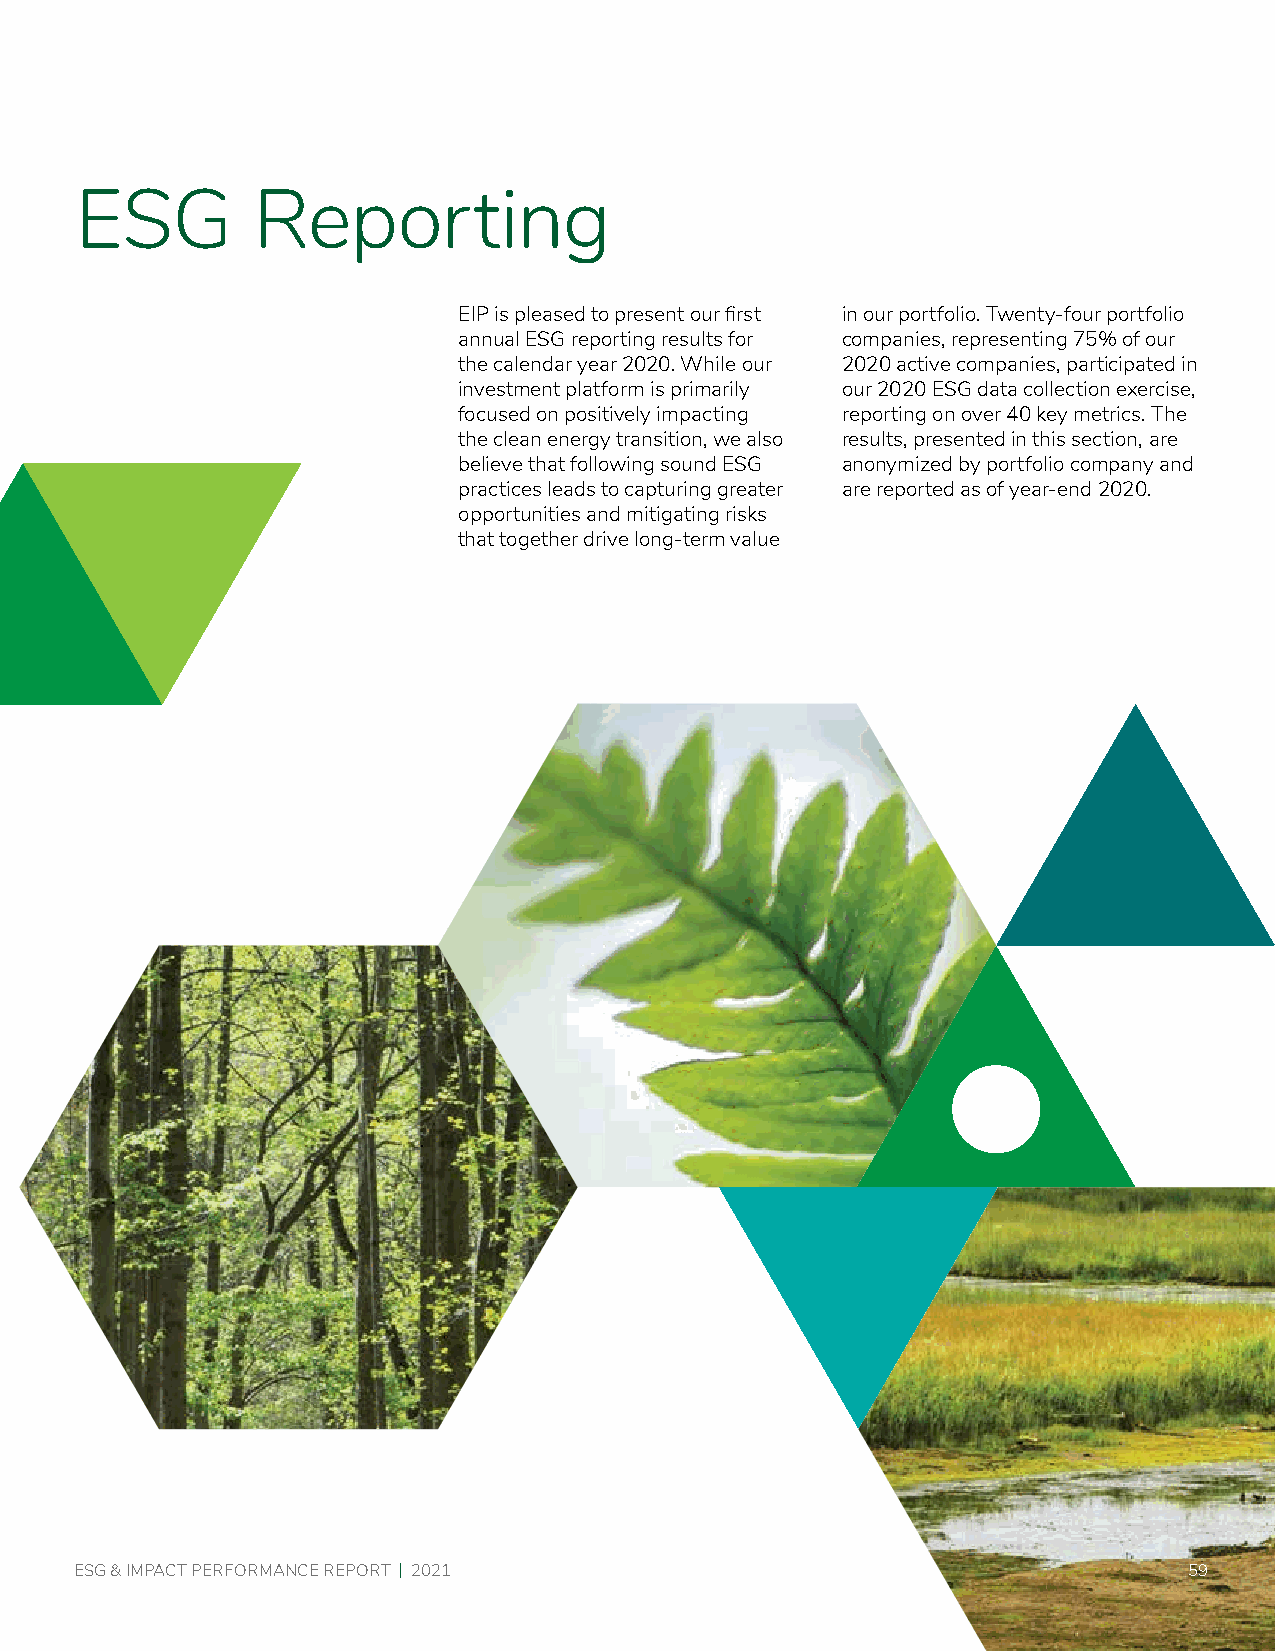
ESG         Reporting
 EIP is pleased to present our first in our portfolio. Twenty-four portfolio
 annual ESG reporting results for companies, representing 75% of our
 the calendar year 2020. While our 2020 active companies, participated in
 investment platform is primarily our 2020 ESG data collection exercise,
 focused on positively impacting reporting on over 40 key metrics. The
 the clean energy transition, we also results, presented in this section, are
 believe that following sound ESG anonymized by portfolio company and
 practices leads to capturing greater are reported as of year-end 2020.
 opportunities and mitigating risks
 that together drive long-term value
 ESG & IMPACT PERFORMANCE REPORT | 2021                                    59